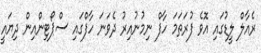
ރެއާލް ލީޑުގައި އޮވެ ފުރަތަމަ ހާފް ނިމުނުއިރު ދެވަނަ ހާފްގައި ސްޕޯޓިންއިން ދިޔައީ